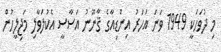
މި ދުވަހަކީ 1949 ވަނަ އަހަރު އިންޑިއާގެ ޤާނޫނު އަސާސީ އެކުލަވާލި މަޖިލީހުން